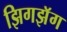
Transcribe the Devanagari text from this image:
झिगझॅग